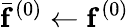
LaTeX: \bar{\mathbf{f}}^{(0)}\leftarrow\mathbf{f}^{(0)}